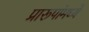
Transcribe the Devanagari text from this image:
प्रारूपांमध्ये